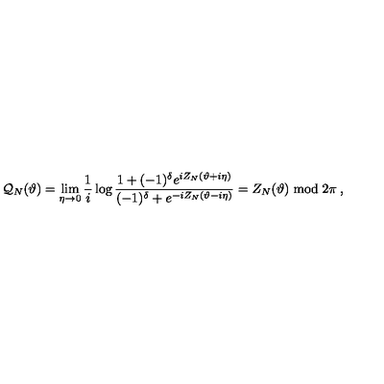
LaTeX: { \cal Q } _ { N } ( \vartheta ) = \mathop { \lim } _ { \eta \rightarrow 0 } \frac { 1 } { i } \log \frac { 1 + ( - 1 ) ^ { \delta } e ^ { i Z _ { N } ( \vartheta + i \eta ) } } { ( - 1 ) ^ { \delta } + e ^ { - i Z _ { N } ( \vartheta - i \eta ) } } = Z _ { N } ( \vartheta ) \bmod 2 \pi \: ,